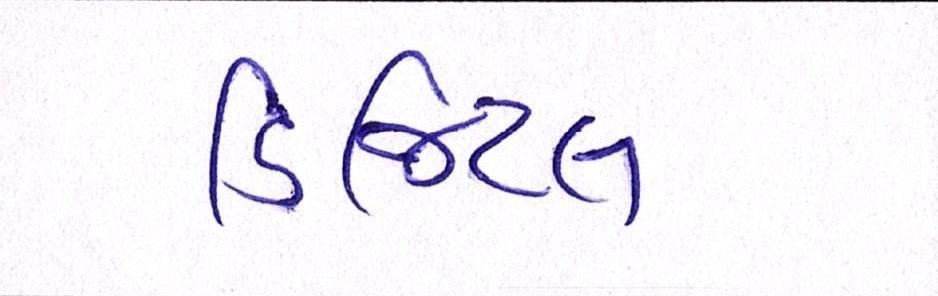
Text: ડિજિટલ